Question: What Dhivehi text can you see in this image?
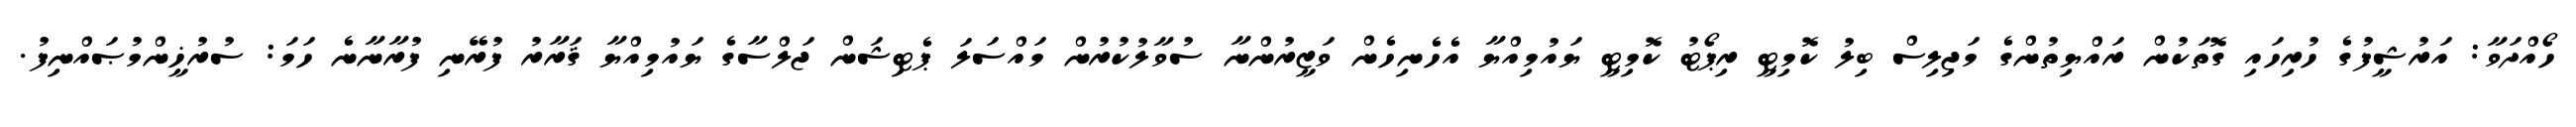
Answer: ހޯއްދަވާ: އަރުޝީފުގެ ހުރިހައި ގޮތަކުން ރައްޔިތުންގެ މަޖިލިސް ބިލު ކޮމިޓީ ރިޕޯޓު ކޮމިޓީ ޔައުމިއްޔާ އެހެނިހެން ވަޒީރުންނާ ސުވާލުކުރުން މައްސަލަ ޕެޓިޝަން ޖަލްސާގެ ޔައުމިއްޔާ ޤަރާރު ފުރޭނި ފުރާނާނެ ހަމަ: ސުރުޚީންމުޞައްނިފު.